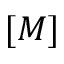
[ M ]